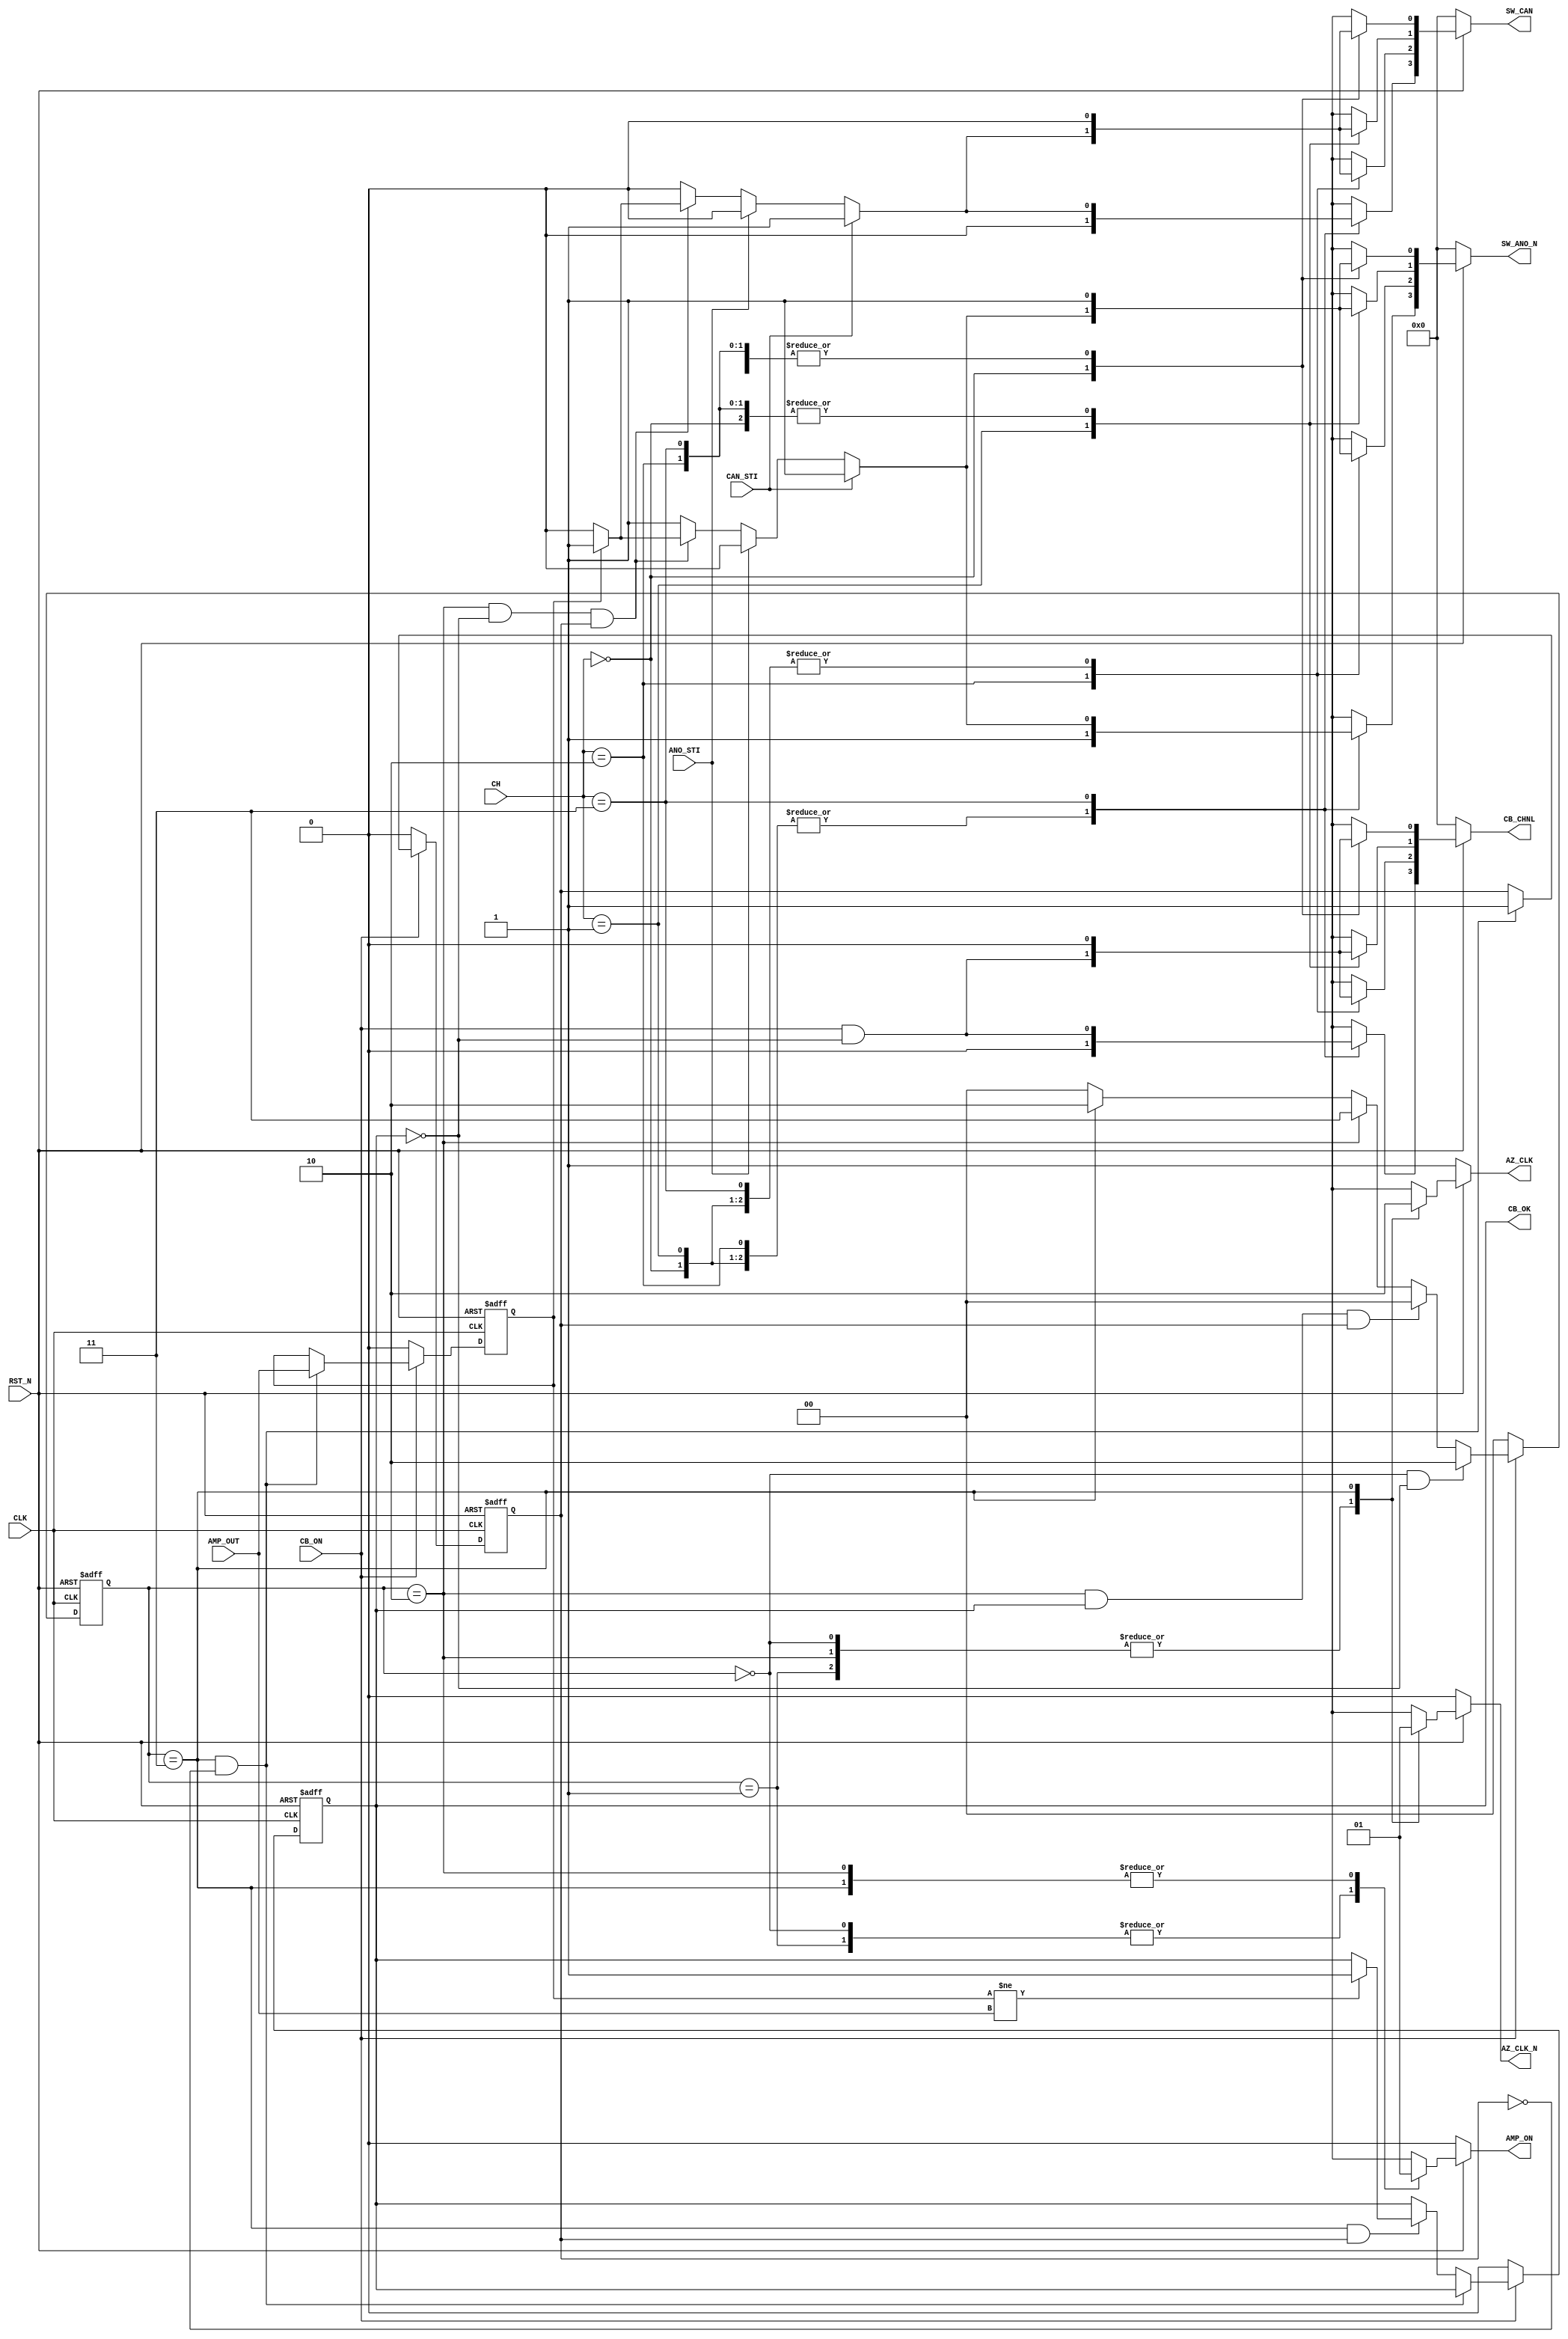
module CB_Logic (
    CH,         // channel
    CLK,        // clock 100KHz-200KHz
    RST_N,      // reset
    AMP_OUT,    // from DAC
    CB_ON,      // control something
    CAN_STI,    // pol[0]
    ANO_STI,    // pol[1]

    AZ_CLK,
    AZ_CLK_N,
    AMP_ON,
    CB_OK,

    CB_CHNL,    //  to DAC

    SW_ANO_N,   // channel to DAC
    SW_CAN      // channel to DAC
);

input CLK;
input AMP_OUT;
input CB_ON;
input RST_N;
input CAN_STI;
input ANO_STI;
input [1:0] CH;


output reg AZ_CLK;
output reg AZ_CLK_N;
output reg AMP_ON;
//output reg ANO_ON_N;
//output reg CAN_ON;
reg ANO_ON_N;
reg CAN_ON;

output reg CB_OK;

output reg [3:0] CB_CHNL;

output reg [3:0] SW_ANO_N;
output reg [3:0] SW_CAN;


reg AMP_OUT_SV;
reg [1:0] AMP_MOD;

reg FST_DATA;

always @(RST_N,  CAN_STI, ANO_STI, AMP_MOD, CB_OK, FST_DATA, AMP_OUT_SV)    //CB CURRENT CHANGE
    begin
        if(RST_N == 1'b0)
            begin
                ANO_ON_N <= 1'b1;
                CAN_ON <= 1'b0; 
            end
        else if(CAN_STI ==1'b1)
            begin
                ANO_ON_N <= 1'b1;
                CAN_ON <= 1'b1; 
            end
        else if(ANO_STI ==1'b1)
            begin
                ANO_ON_N <= 1'b0;
                CAN_ON <= 1'b0; 
            end
        else if((AMP_MOD ==2'b10)&& CB_OK == 1'b0 && FST_DATA == 1'b1)
            begin
                if (AMP_OUT_SV == 1'b0) begin
                    ANO_ON_N <= 1'b0;
                    CAN_ON <= 1'b0;
                end
                else begin
                    ANO_ON_N <= 1'b1;
                    CAN_ON <= 1'b1;
                end
            end
        else
            begin
                ANO_ON_N <= 1'b1;
                CAN_ON <= 1'b0;
            end
    end

always @(*) begin
    if(~RST_N) begin
        SW_ANO_N = 4'b0;
        SW_CAN = 4'b0;
    end else begin
        case (CH)
            2'b00: begin 
                SW_ANO_N[0] = ANO_ON_N;
                SW_CAN[0] = CAN_ON;
                SW_ANO_N[1] = 1'b1;
                SW_CAN[1] = 1'b0;
                SW_ANO_N[2] = 1'b1;
                SW_CAN[2] = 1'b0;
                SW_ANO_N[3] = 1'b1;
                SW_CAN[3] = 1'b0;
            end
            2'b01: begin 
                SW_ANO_N[1] = ANO_ON_N;
                SW_CAN[1] = CAN_ON;
                SW_ANO_N[0] = 1'b1;
                SW_CAN[0] = 1'b0;
                SW_ANO_N[2] = 1'b1;
                SW_CAN[2] = 1'b0;
                SW_ANO_N[3] = 1'b1;
                SW_CAN[3] = 1'b0;
            end
            2'b10: begin 
                SW_ANO_N[2] = ANO_ON_N;
                SW_CAN[2] = CAN_ON;
                SW_ANO_N[0] = 1'b1;
                SW_CAN[0] = 1'b0;
                SW_ANO_N[1] = 1'b1;
                SW_CAN[1] = 1'b0;
                SW_ANO_N[3] = 1'b1;
                SW_CAN[3] = 1'b0;
            end
            2'b11: begin 
                SW_ANO_N[3] = ANO_ON_N;
                SW_CAN[3] = CAN_ON;
                SW_ANO_N[0] = 1'b1;
                SW_CAN[0] = 1'b0;
                SW_ANO_N[1] = 1'b1;
                SW_CAN[1] = 1'b0;
                SW_ANO_N[2] = 1'b1;
                SW_CAN[2] = 1'b0;
            end
        endcase
    end
end

always @(*) begin
    if(~RST_N) begin
        CB_CHNL = 4'b0;
    end else begin
        case (CH)
            2'b00: begin 
                CB_CHNL[0] = CB_ON & ~CB_OK;
                CB_CHNL[3] = 1'b0;
                CB_CHNL[2] = 1'b0;
                CB_CHNL[1] = 1'b0;
            end
            2'b01: begin 
                CB_CHNL[1] = CB_ON & ~CB_OK;
                CB_CHNL[3] = 1'b0;
                CB_CHNL[2] = 1'b0;
                CB_CHNL[0] = 1'b0;
            end
            2'b10: begin 
                CB_CHNL[2] = CB_ON & ~CB_OK;
                CB_CHNL[3] = 1'b0;
                CB_CHNL[1] = 1'b0;
                CB_CHNL[0] = 1'b0;
            end
            2'b11: begin 
                CB_CHNL[3] = CB_ON & ~CB_OK;
                CB_CHNL[2] = 1'b0;
                CB_CHNL[1] = 1'b0;
                CB_CHNL[0] = 1'b0;                
            end
        endcase
    end
end



always @(posedge CLK  or negedge RST_N)    //AMP MODS CHANGE
    begin                                   //00:OFF  10: AZ 11:AZ_AMP 01:Null
        if(RST_N == 1'b0)   
            begin
                AMP_MOD <= 2'b00;
            end
        else if(CB_ON == 1'b0)
            begin
                AMP_MOD <=2'b00;
            end
        else if(AMP_MOD == 2'b00 && CB_OK == 1'b0)  //start CB
            begin
                AMP_MOD <= 2'b10;
            end
        else if(AMP_MOD == 2'b10 && CB_OK == 1'b1 && FST_DATA==1'b1)   //pulse injection ends
            begin
                AMP_MOD <= 2'b00;
            end   
        else if(AMP_MOD == 2'b10)   // AZ, next is AZ_AMP
            begin
                AMP_MOD <= 2'b11;
            end
        else if(AMP_MOD == 2'b11)   //AZ_AMP, next is AZ
            begin
                AMP_MOD <= 2'b10;
            end  
        else
            AMP_MOD <= 2'b00;
    end


always @(posedge CLK  or negedge RST_N)    //CB ajudgement
    begin
        if(RST_N == 1'b0)
            begin
                FST_DATA <= 1'b0;
                CB_OK <= 1'b0;
                AMP_OUT_SV <=1'b0;
            end
        else if(CB_ON == 1'b0)
            begin
                FST_DATA <= 1'b0;
                CB_OK <= 1'b0;
                AMP_OUT_SV <=1'b0;
            end
        else if(AMP_MOD == 2'b11 && FST_DATA==1'b0)   // pulse inject
            begin
                AMP_OUT_SV <= AMP_OUT;
                FST_DATA <= 1'b1;
            end
        else if(AMP_MOD == 2'b11 && FST_DATA == 1'b1)
            begin
                if(AMP_OUT_SV != AMP_OUT)begin
                    CB_OK <=1'b1;
                end
            end
        
    end
always @(RST_N, AMP_MOD)    //AMP switch CHANGE
    begin                              
        if(RST_N == 1'b0)   
            begin
                AZ_CLK <= 1'b1;
                AZ_CLK_N <= 1'b0;
                AMP_ON <= 1'b0;
            end
        else
            begin
                case(AMP_MOD)
                    2'd0:begin   //off
                            AZ_CLK <= 1'b1;
                            AZ_CLK_N <= 1'b0;
                            AMP_ON <= 1'b0;
                         end
                    2'd1:begin    //off
                            AZ_CLK <= 1'b1;
                            AZ_CLK_N <= 1'b0;
                            AMP_ON <= 1'b0;
                         end
                    2'd2:begin    // AZ
                            AZ_CLK <= 1'b1;
                            AZ_CLK_N <= 1'b0;
                            AMP_ON <= 1'b1;
                         end
                    2'd3:begin     //AZ_AMP
                            AZ_CLK <= 1'b0;
                            AZ_CLK_N <= 1'b1;
                            AMP_ON <= 1'b1;
                         end
                    default:begin
                            AZ_CLK <= 1'b1;
                            AZ_CLK_N <= 1'b0;
                            AMP_ON <= 1'b0;
                    end
                endcase 
            end
    end

endmodule